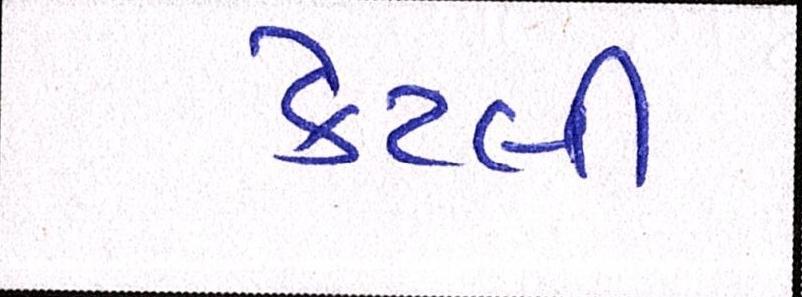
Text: કેટલી